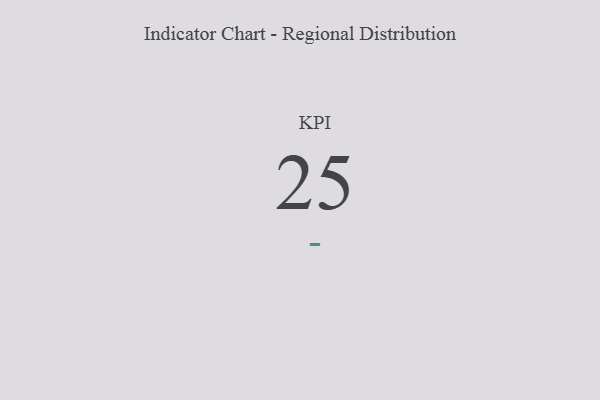
{"axis": {"x": "KPI", "y": "Value"}, "legend": [""], "data": [{"x": "KPI", "y": 25, "type": ""}]}